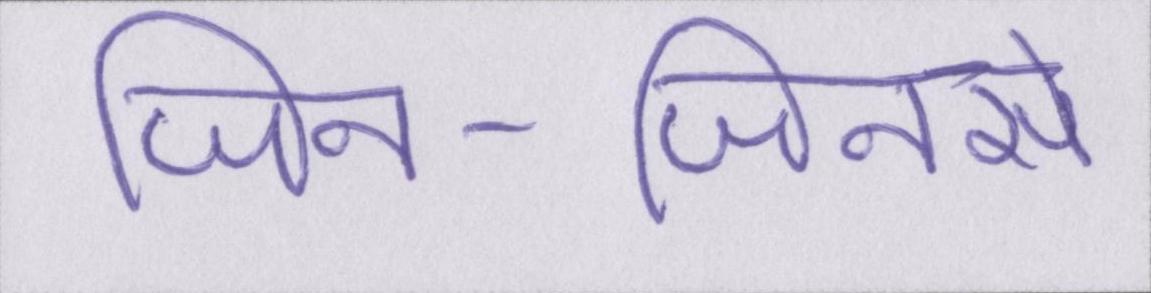
जिन-जिनसे